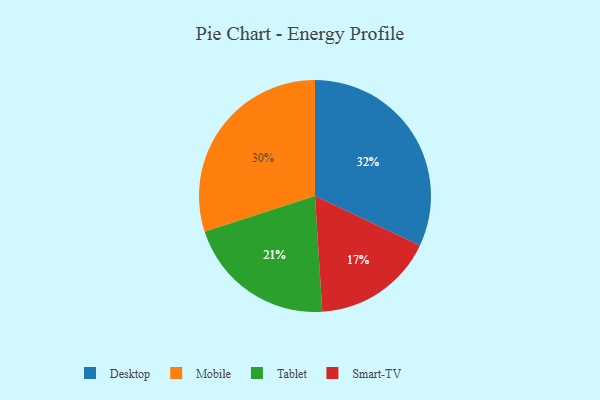
{"axis": {"x": "Category", "y": "Percentage"}, "legend": ["Desktop", "Mobile", "Smart-TV", "Tablet"], "data": [{"x": "Smart-TV", "y": 17, "type": "Smart-TV"}, {"x": "Tablet", "y": 21, "type": "Tablet"}, {"x": "Mobile", "y": 30, "type": "Mobile"}, {"x": "Desktop", "y": 32, "type": "Desktop"}]}